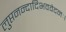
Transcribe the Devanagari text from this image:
लुप्तनन्दादिभववेदनः।